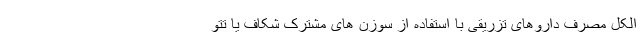
الکل مصرف داروهای تزریقی با استفاده از سوزن های مشترک شکاف یا تتو